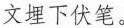
文埋下伏笔。